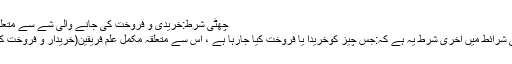
چھٹی شرط:خریدی و فروخت کی جانے والی شے سے متعلق مکمل علم رکھنا
خرید و فروخت کی شرائط میں آخری شرط یہ ہے کہ:جس چیز کوخریدا یا فروخت کیا جارہا ہے ، اس سے متعلقہ مکمل علم فریقین(خریدار و فروخت کنندہ) کو حاصل ہو۔